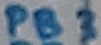
Text: PB3